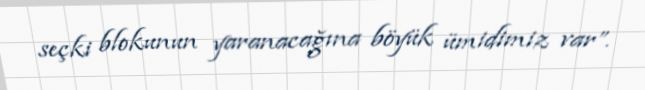
seçki blokunun yaranacağına böyük ümidimiz var”.